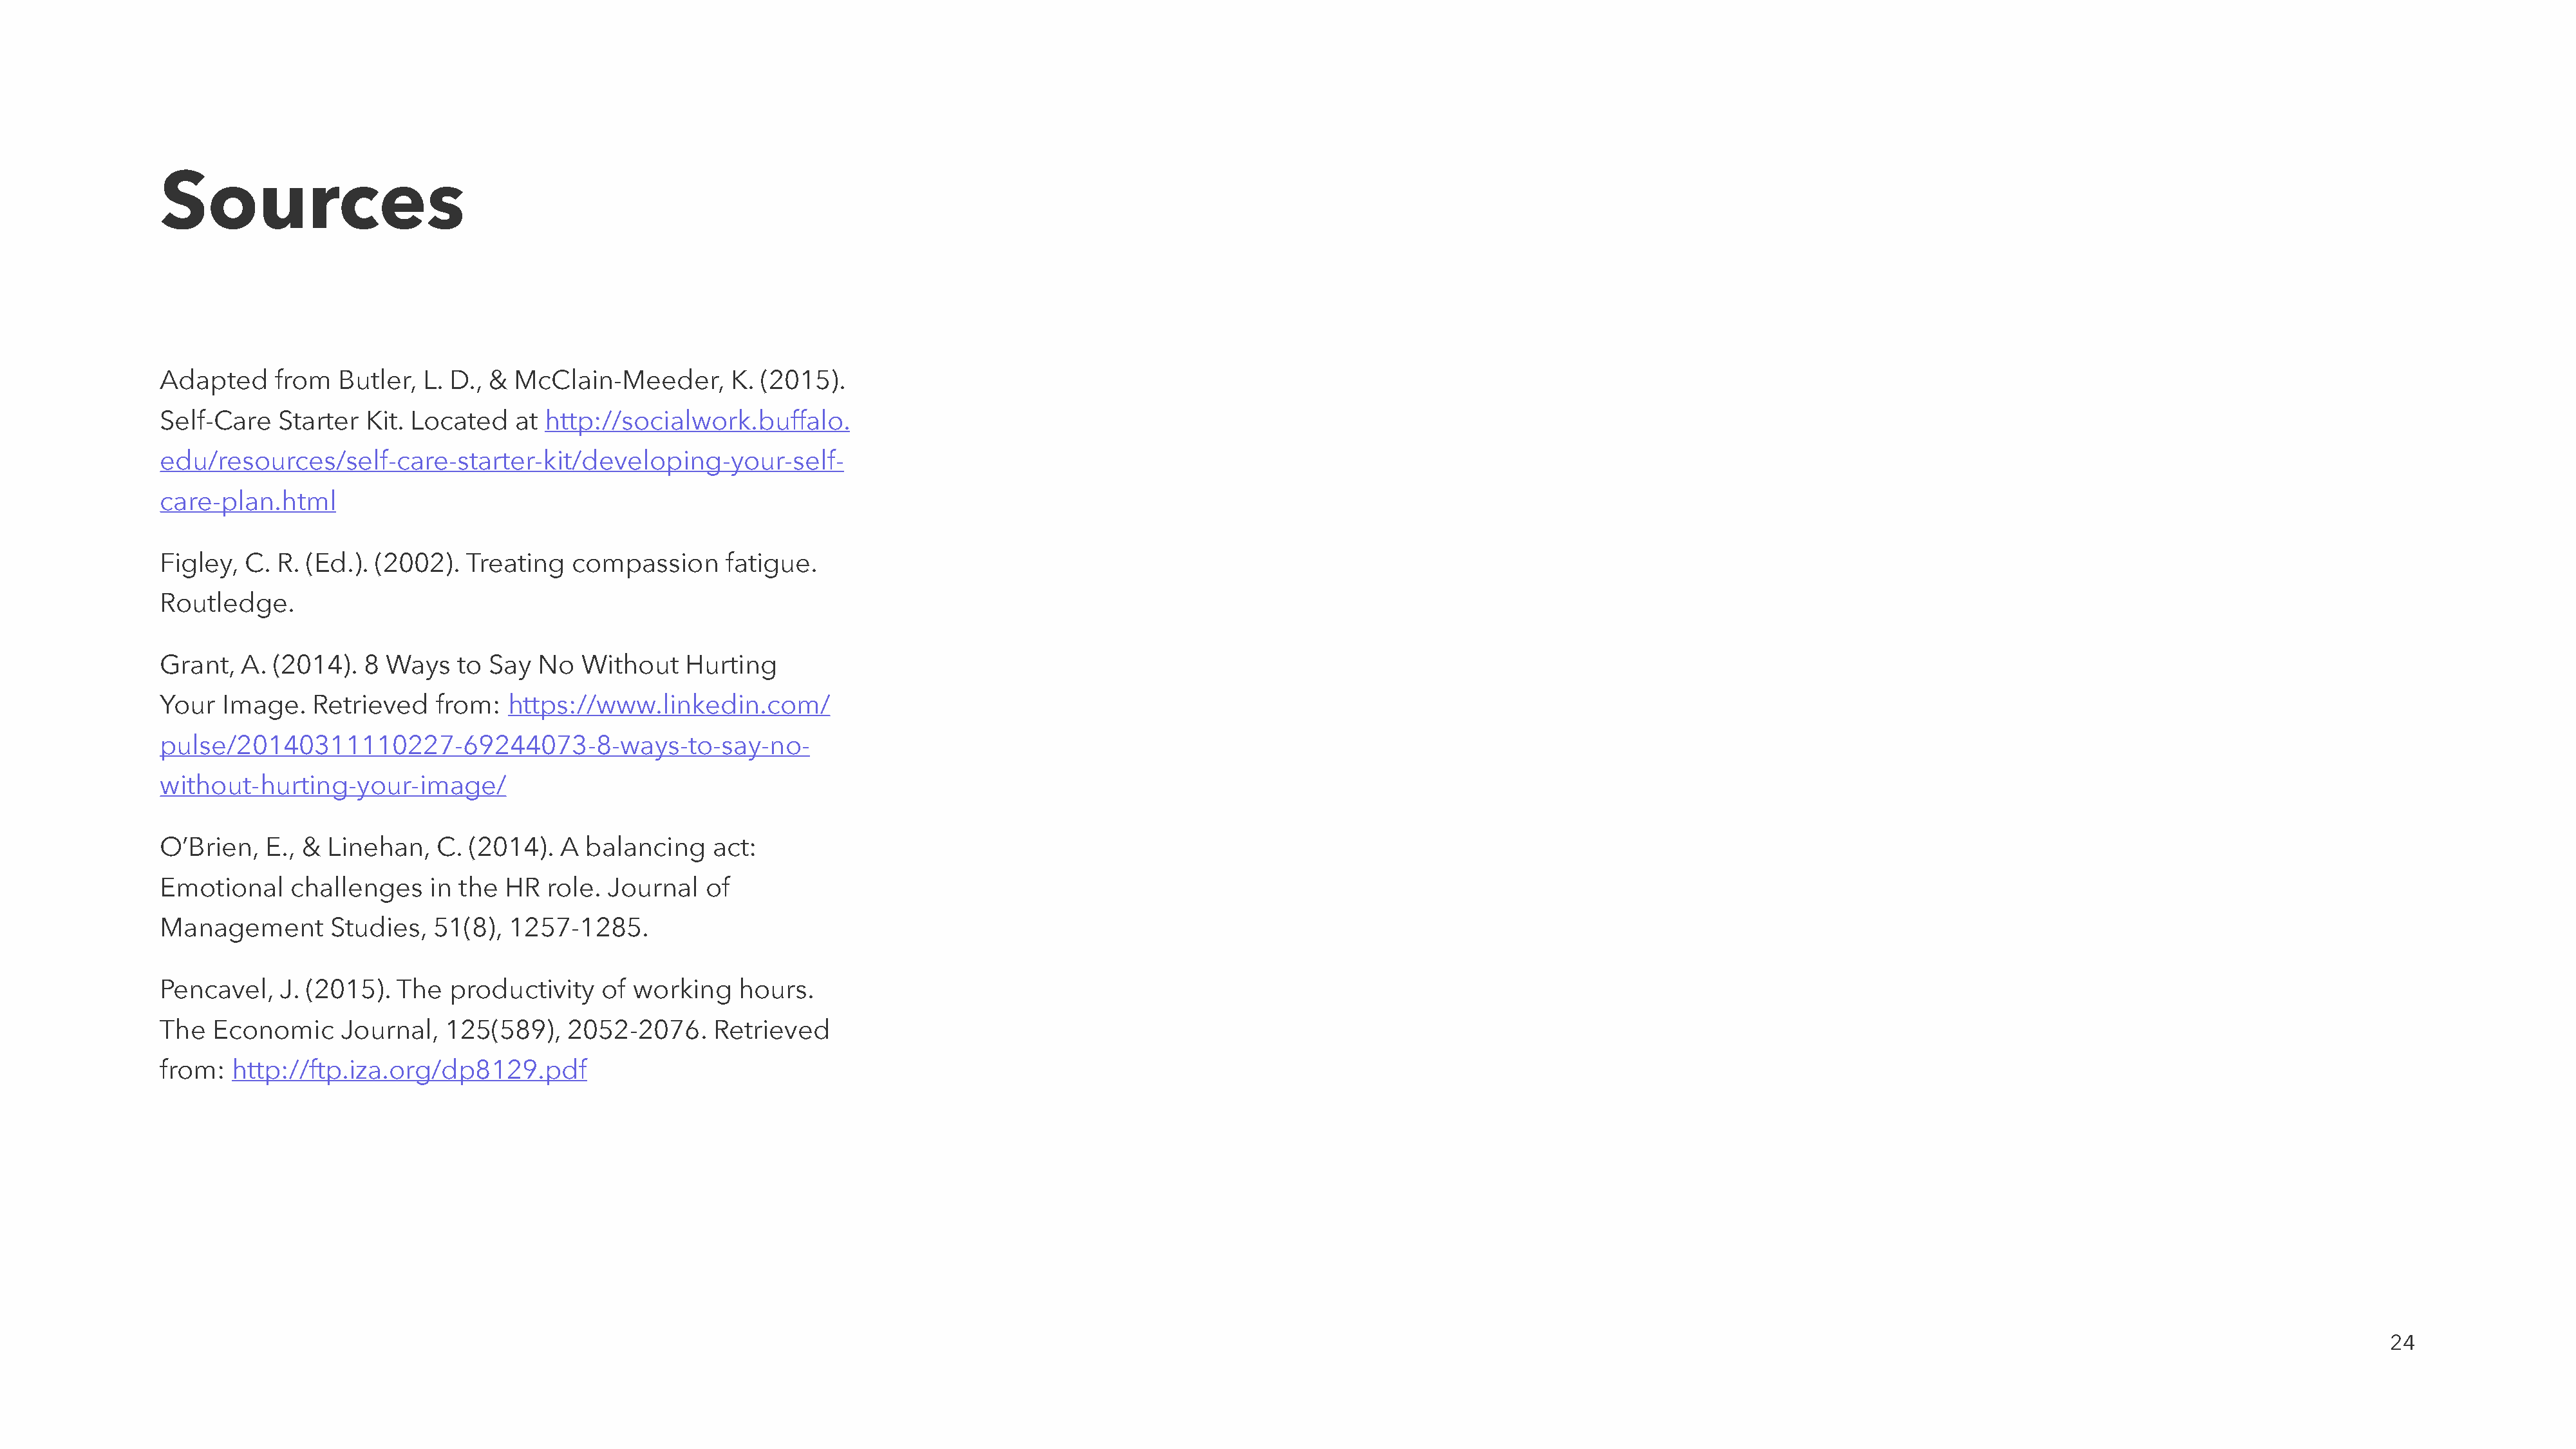
Sources
 Adapted     from   Butler,  L. D., & McClain-Meeder,       K. (2015).
 Self-Care    Starter  Kit. Located   at http://socialwork.buffalo.
 edu/resources/self-care-starter-kit/developing-your-self-
 care-plan.html
 Figley,  C.  R. (Ed.). (2002).  Treating   compassion      fatigue.
 Routledge.
 Grant,   A. (2014).  8  Ways   to Say  No   Without   Hurting
 Your   Image.   Retrieved    from:  https://www.linkedin.com/
 pulse/20140311110227-69244073-8-ways-to-say-no-
 without-hurting-your-image/
 O’Brien,   E., &  Linehan,   C. (2014).   A balancing    act:
 Emotional     challenges    in the  HR  role. Journal    of
 Management        Studies,   51(8), 1257-1285.
 Pencavel,    J. (2015).  The  productivity    of working    hours.
 The   Economic     Journal,   125(589),   2052-2076.     Retrieved
 from:   http://ftp.iza.org/dp8129.pdf
 24